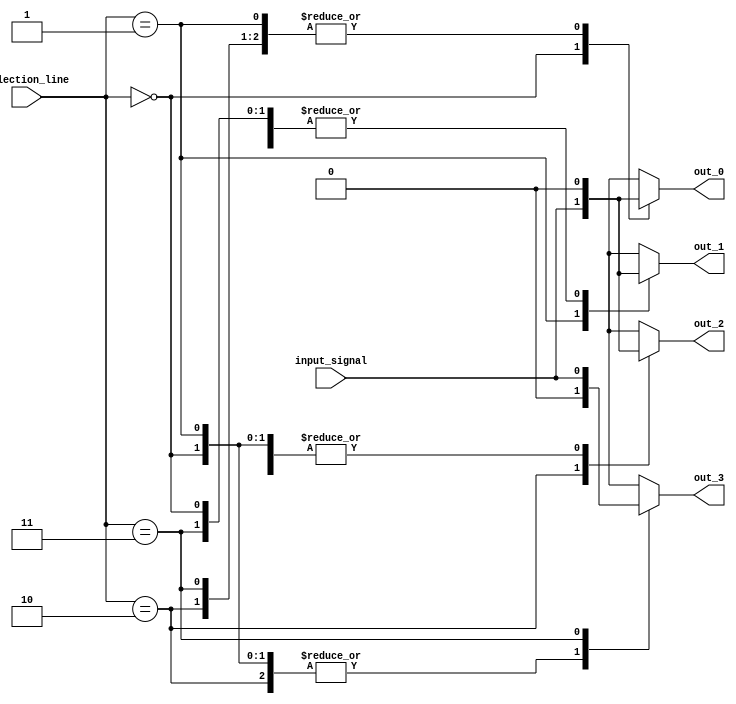
module demultiplexer (
    input wire input_signal,
    input wire [1:0] selection_line,
    output reg out_0,
    output reg out_1,
    output reg out_2,
    output reg out_3
);

always @ (selection_line or input_signal) begin
    case (selection_line)
        2'b00: begin
            out_0 = input_signal;
            out_1 = 1'b0;
            out_2 = 1'b0;
            out_3 = 1'b0;
        end
        2'b01: begin
            out_0 = 1'b0;
            out_1 = input_signal;
            out_2 = 1'b0;
            out_3 = 1'b0;
        end
        2'b10: begin
            out_0 = 1'b0;
            out_1 = 1'b0;
            out_2 = input_signal;
            out_3 = 1'b0;
        end
        2'b11: begin
            out_0 = 1'b0;
            out_1 = 1'b0;
            out_2 = 1'b0;
            out_3 = input_signal;
        end
        default: begin
            out_0 = 1'b0;
            out_1 = 1'b0;
            out_2 = 1'b0;
            out_3 = 1'b0;
        end
    endcase
end

endmodule